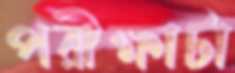
পরীক্ষাটা